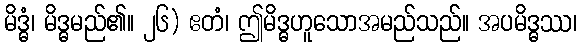
မိဒ္ဓံ၊ မိဒ္ဓမည်၏။ ၂၆) ဧတံ၊ ဤမိဒ္ဓဟူသောအမည်သည်။ အပမိဒ္ဓဿ၊